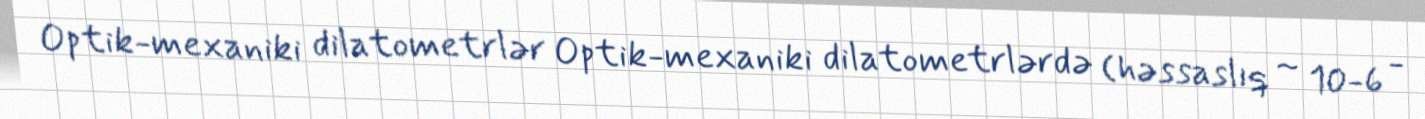
Optik-mexaniki dilatometrlər Optik-mexaniki dilatometrlərdə (həssaslıq ~ 10-6 -